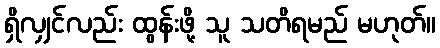
ရှိလျှင်လည်း ထွန်းဖို့ သူ သတိရမည် မဟုတ်။